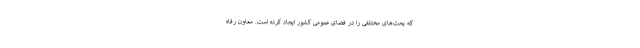
که بحث‌های مختلفی را در فضای عمومی کشور ایجاد کرده است. معاون رفاه